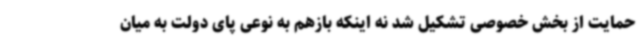
حمایت از بخش خصوصی تشکیل شد نه اینکه بازهم به نوعی پای دولت به میان